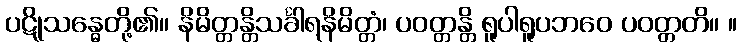
ပဋိုသန္ဓေတို့၏။ နိမိတ္တန္တိသင်္ခါရနိမိတ္တံ၊ ပဝတ္တန္တိ ရူပါရူပဘဝေ ပဝတ္တတိ။ ။